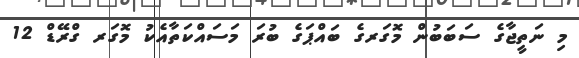
މި ނަތީޖާގެ ސަބަބުން މޮގަރގެ ބައްޕަގެ ބުރަ މަސައްކަތާއެކު މޮގަރ ގްރޭޑް 12